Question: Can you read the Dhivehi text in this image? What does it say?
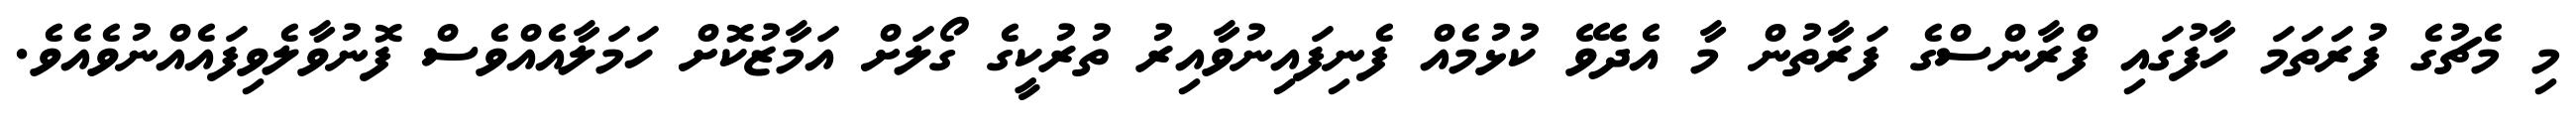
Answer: މި މެޗުގެ ފުރަތަމަ ހާފުގައި ފްރާންސްގެ ފަރާތުން މާ އެދެވޭ ކުޅުމެއް ފެނިފައިނުވާއިރު ތުރުކީގެ ގޯލަށް އަމާޒުކޮށް ހަމަލާއެއްވެސް ފޮނުވާލެވިފައެއްނުވެއެވެ.